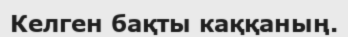
Келген бақты каққаның.